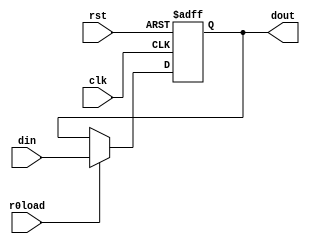
/*r0*/
module r0(din, clk, rst,r0load, dout);
input clk,rst,r0load;
input [7:0] din;
output reg[7:0] dout;
always@(posedge clk or negedge rst)
begin
	if(rst==0)
		dout <= 0;
	else if(r0load)
		dout <= din;
end
endmodule